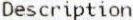
DESCRIPTION